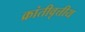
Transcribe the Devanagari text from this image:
क्रांतीवृत्तीय